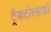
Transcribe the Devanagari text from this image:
ट्रैकटोरसाज़ी